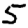
Digit: 5